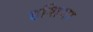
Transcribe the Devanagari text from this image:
हशिया